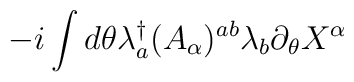
-i\int d\theta\lambda^\dag_a(A_\alpha)^{ab}\lambda_b\partial_\theta X^\alpha